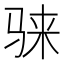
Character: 𱅕